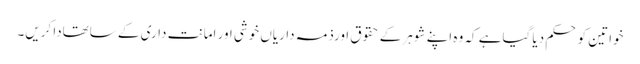
خواتین کو حکم دیا گیاہے کہ وہ اپنے شوہر کے حقوق اورذمہ داریاں خوشی اور امانت داری کے ساتھادا کریں۔